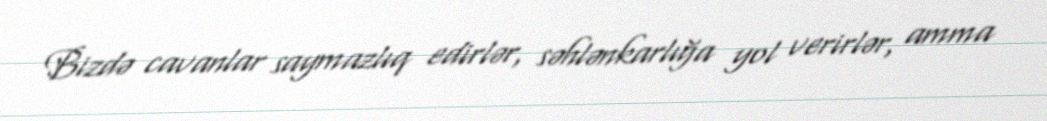
Bizdə cavanlar saymazlıq edirlər, səhlənkarlığa yol verirlər, amma